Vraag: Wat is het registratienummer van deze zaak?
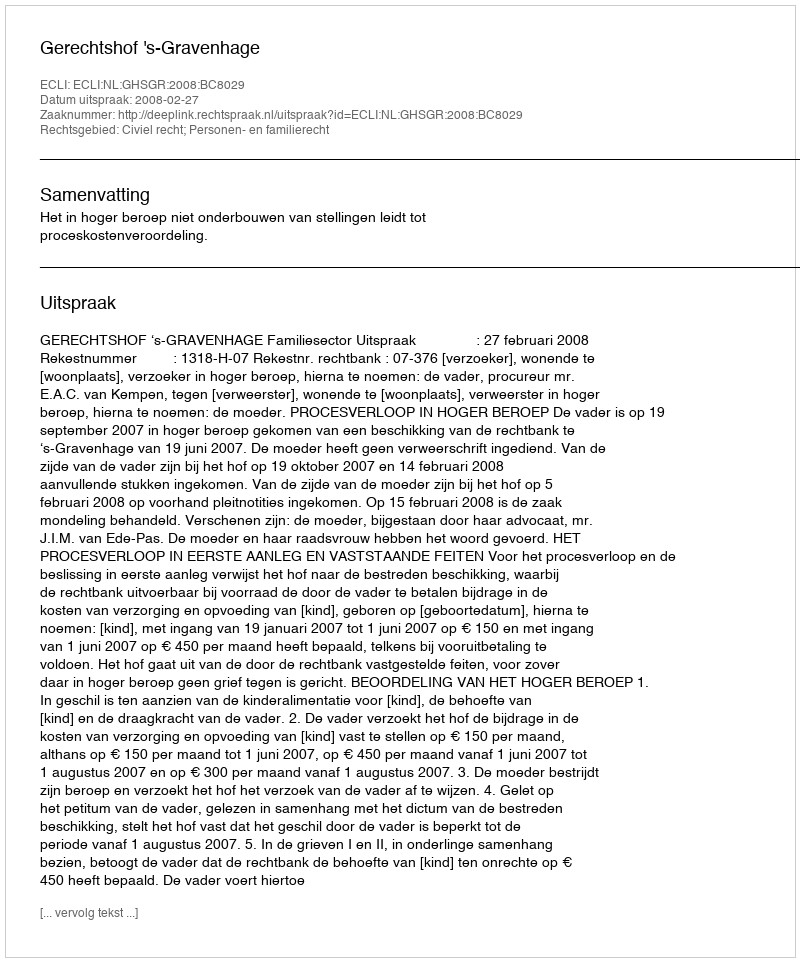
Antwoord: http://deeplink.rechtspraak.nl/uitspraak?id=ECLI:NL:GHSGR:2008:BC8029